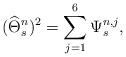
LaTeX: \begin{align*} (\widehat{\Theta}^n_s)^2= \sum_{j=1}^6 \Psi^{n,j}_s, \end{align*}